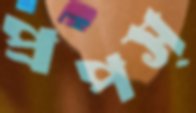
প্রপস্